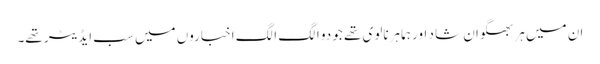
ان میں ہر بھگوان شا د اور ہما ہرنالوی تھے جو دو الگ الگ اخباروں میں سب ایڈیٹر تھے۔